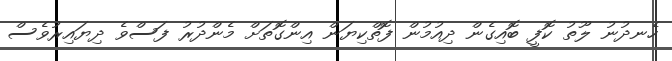
ހެނދުނު ލޫތު ކޮފީ ބޮއިގެން ދިއުމުން ފޮތްކިޔަން އިންގޮތަށް މެންދުރު ފަސްވެ ދިޔައިރުވެސް